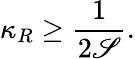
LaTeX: \kappa_{R}\geq\frac{1}{2\mathscr{S}}.